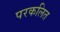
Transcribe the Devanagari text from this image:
परकलित